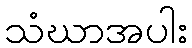
သံဃာအပါး